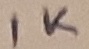
Text: 1K